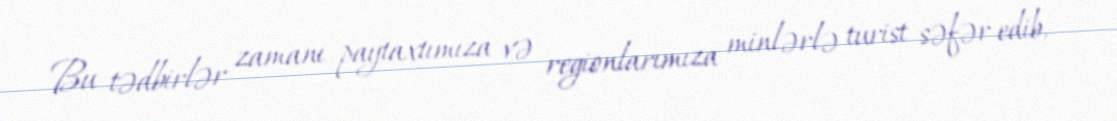
Bu tədbirlər zamanı paytaxtımıza və regionlarımıza minlərlə turist səfər edib,